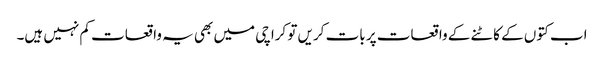
اب کتوں کے کاٹنے کے واقعات پر بات کریں تو کراچی میں بھی یہ واقعات کم نہیں ہیں۔